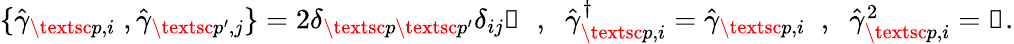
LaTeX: \begin{array}{r}{\{ \hat{\gamma}_{\textsc{p},i}\; ,\hat{\gamma}_{\textsc{p}^{\prime},j}\} =2\delta_{\textsc{p}\textsc{p}^{\prime}}\delta_{ij}\mathbb{1}\; \; ,\; \; \hat{\gamma}_{\textsc{p},i}^{\dagger}=\hat{\gamma}_{\textsc{p},i}\; \; ,\; \; \hat{\gamma}_{\textsc{p},i}^{2}=\mathbb{1}.}\end{array}